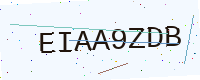
Text: EIAA9ZDB